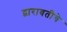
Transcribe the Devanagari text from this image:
द्वारावतीचे